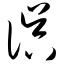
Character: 误